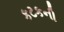
કટકની